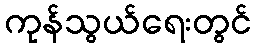
ကုန်သွယ်ရေးတွင်